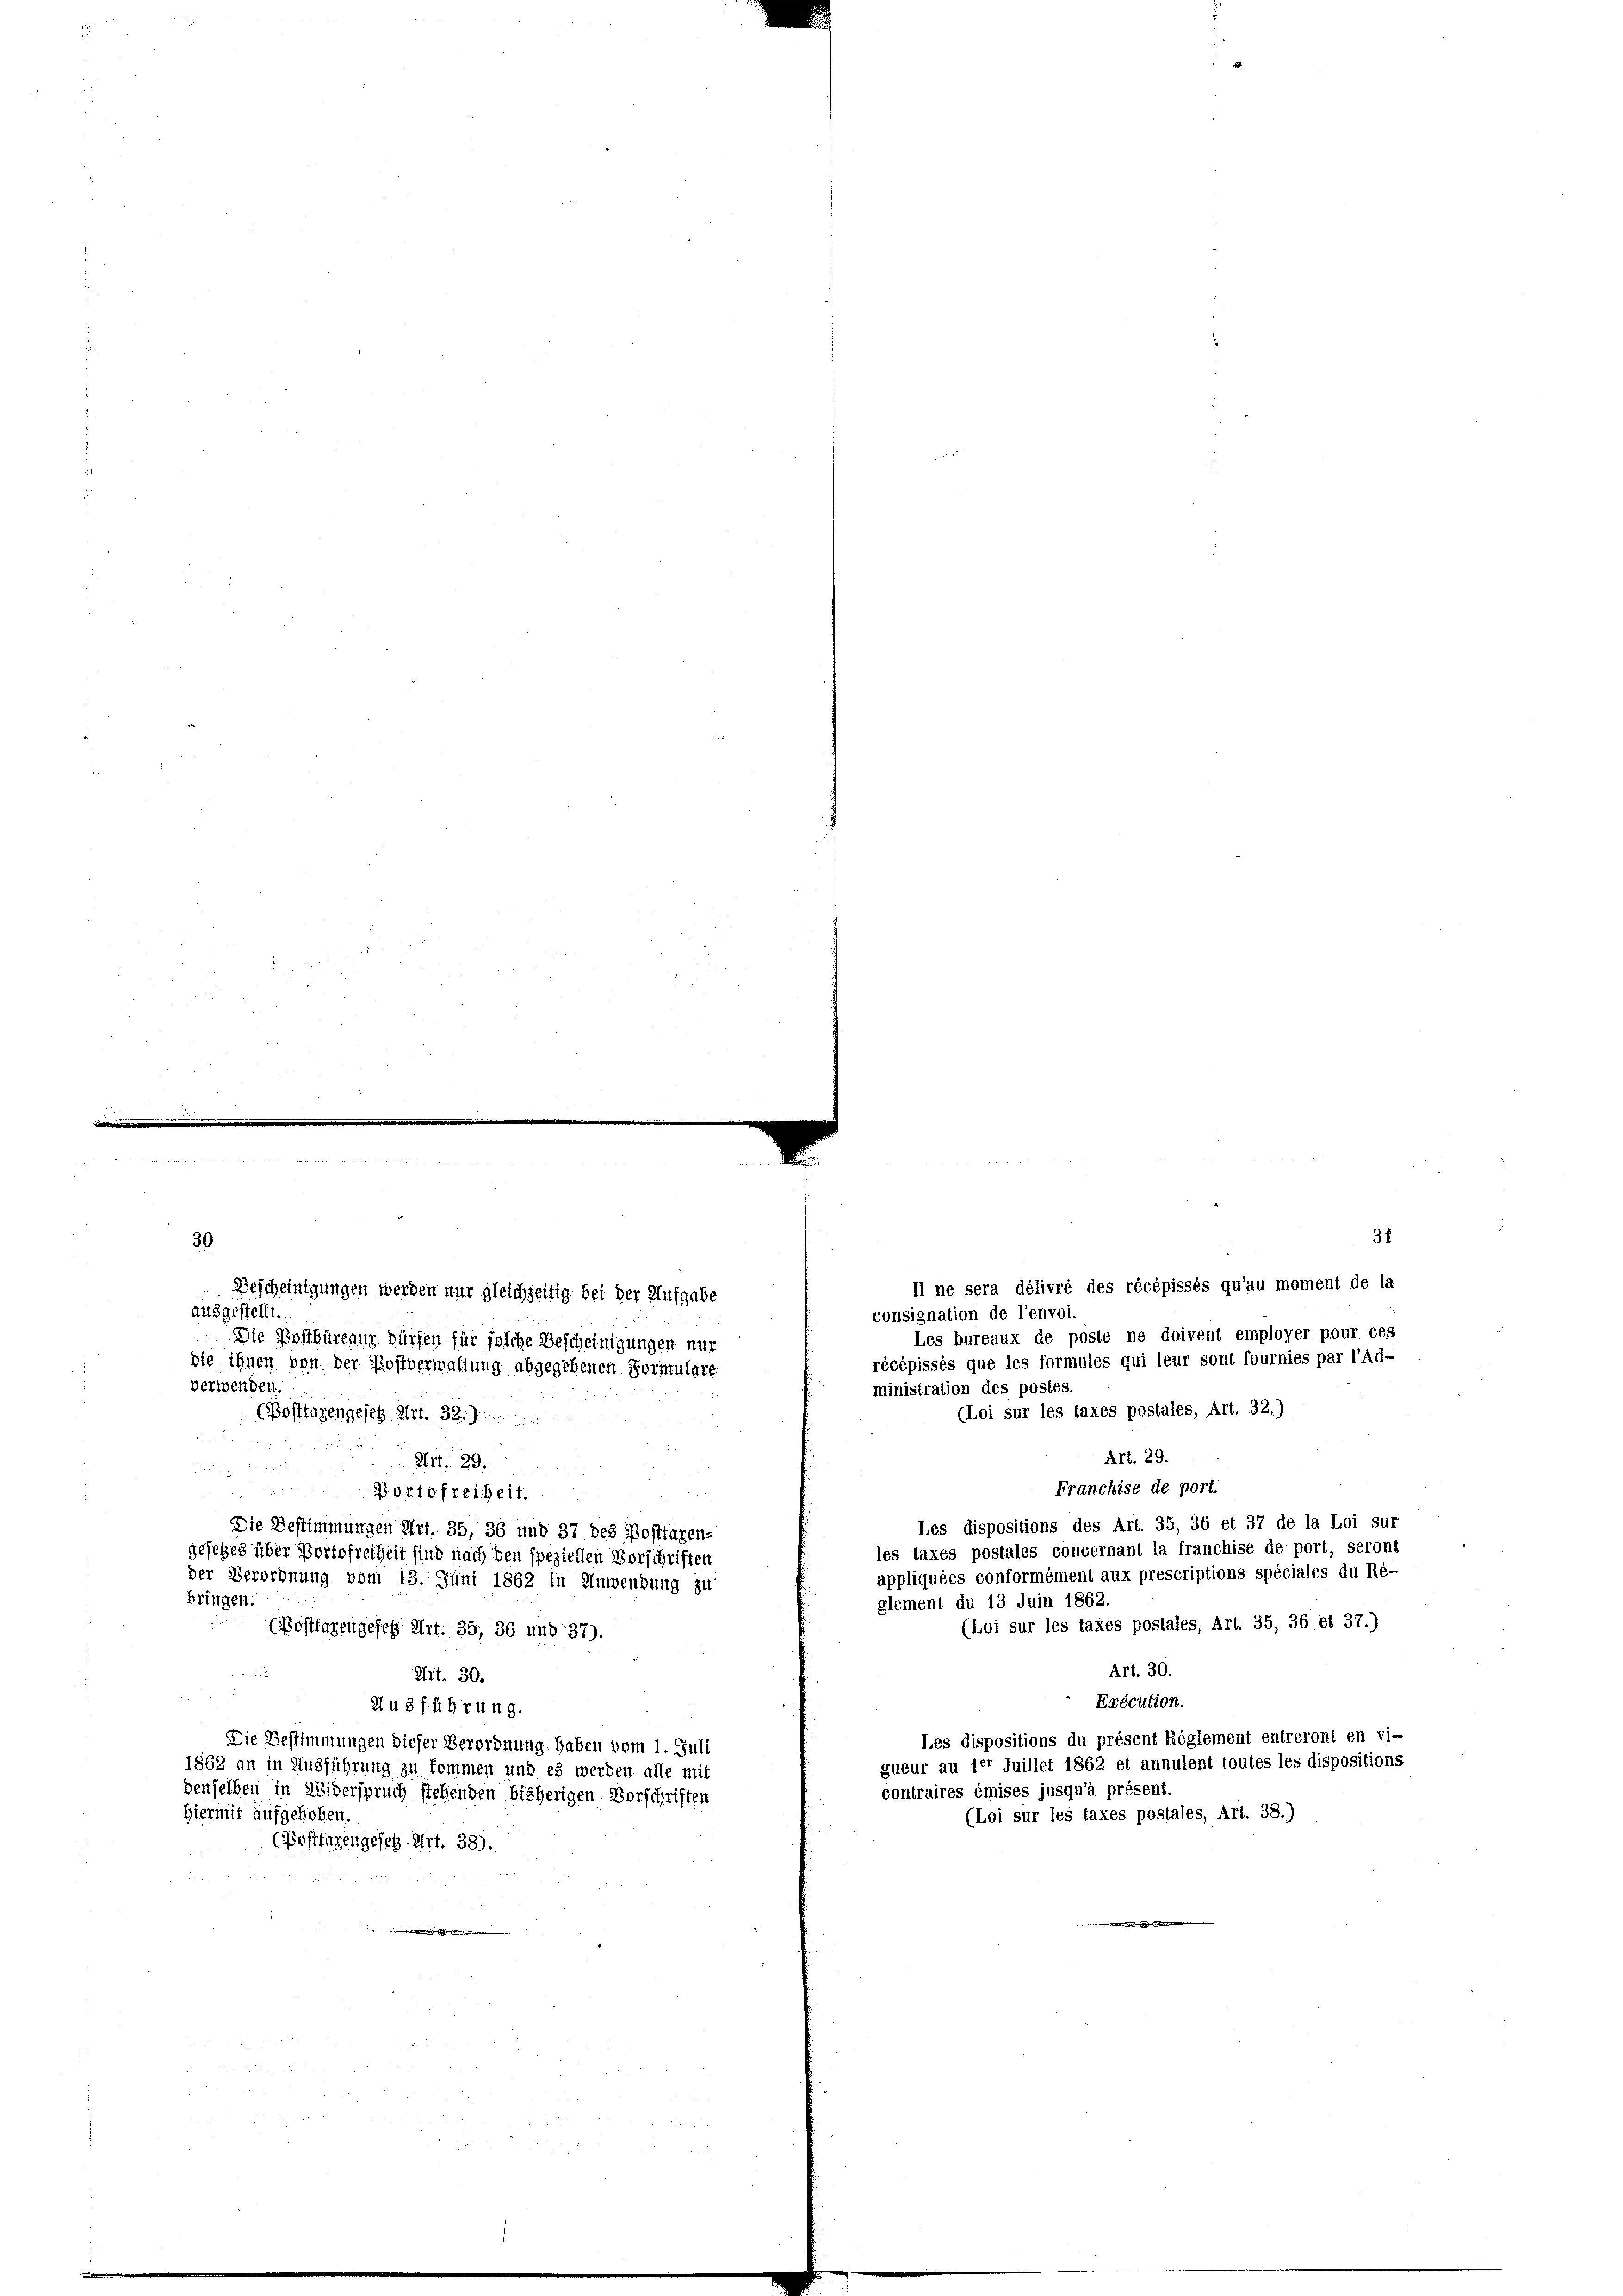
ausgestellt.
verwenden.
r
r

2 f. 20
bringen

31
30
il ne sera délivré des récépissés qu’au moment de la
Bescheinigungen werden nur gleichzeitig bei der Aufgabe
consignation de l’envoi.
Les bureaux de posté ne doivent employer pour ces
Die Postbüreaus dürfen für solche Bescheinigungen nur
récépissés que les formules qui leur sont fournies par l’Ad-
die ihnen von der Postverwaltung abgegebenen Formulare
ministration des postes.
(Loi sur les taxes postales, Art. 32.)
(Posttagengeseh Art. 32.
1 Fr.
Art. 29.
Art. 29.
Franchise de port.
Portofreiheit.
Les dispositions des Art. 35, 36 et 37 de la Loi sur
Die Bestimmungen Art. 35, 36 und 37 des Posttagen-
les taxes postales concernant la franchise de port, seront
gesetzes über Portofreiheit sind nach den speziellen Vorschriften
appliquées conformément aux prescriptions spéciales du Ré-
der Verordnung vom 13. Juni 1862 in Anwendung zu
glement du 13 Juin 1862.
(Loi sur les taxes postales, Art. 35, 36 et 37.)
(Posttagengeses Art. 35, 36 und 37).
Art. 30.
Art. 30.
Erécution.
Ausführung.
Les dispositions du présent Réglement entreront en vi-
Die Bestimmungen dieser Verordnung haben vom 1. Juli
gueur au 1er Juillet 1862 et annulent toutes les dispositions
1862 an in Ausführung zu kommen und es werden alle mit
contraires émises jusqu’à présent.
denselben in Widerspruch stehenden bisherigen Vorschriften
Hiermit aufgehoben.
(Loi sur les taxes postales, Art. 38.)
(Postfazengesetz Art. 38).